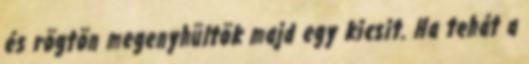
és rögtön megenyhültök majd egy kicsit. Ha tehát a